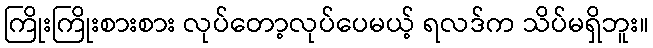
ကြိုးကြိုးစားစား လုပ်တော့လုပ်ပေမယ့် ရလဒ်က သိပ်မရှိဘူး။